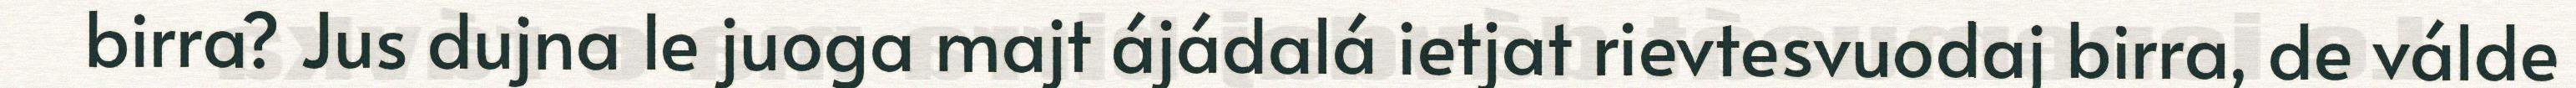
birra? Jus dujna le juoga majt ájádalá ietjat rievtesvuodaj birra, de válde